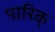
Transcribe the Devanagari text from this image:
पारिक्